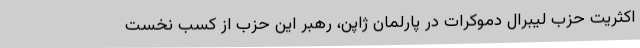
اکثریت حزب لیبرال دموکرات در پارلمان ژاپن، رهبر این حزب از کسب نخست